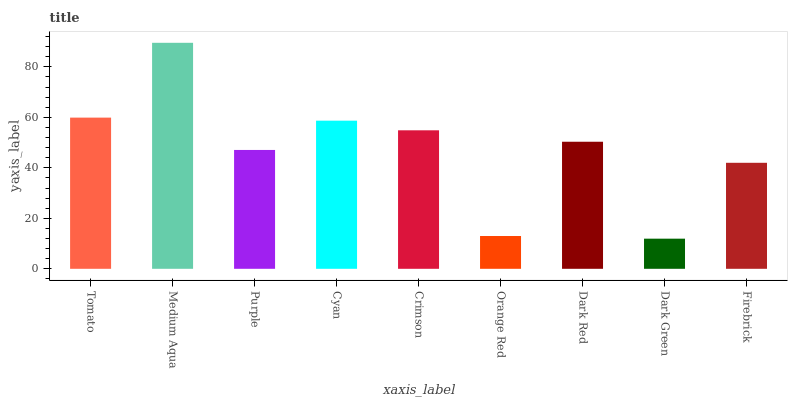
| xaxis_label | bars |
 | --- | --- |
 | Tomato | 59.9 |
 | Medium Aqua | 89.5 |
 | Purple | 47.1 |
 | Cyan | 58.7 |
 | Crimson | 54.9 |
 | Orange Red | 13 |
 | Dark Red | 50.3 |
 | Dark Green | 11.9 |
 | Firebrick | 42 |